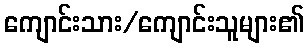
ကျောင်းသား/ကျောင်းသူများ၏